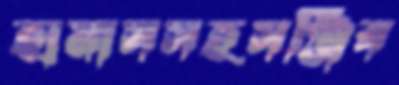
হামাসসহসঞ্জিব